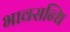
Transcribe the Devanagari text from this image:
भावसन्धि